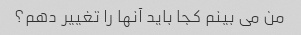
من می بینم کجا باید آنها را تغییر دهم؟